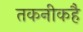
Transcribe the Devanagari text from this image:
तकनीकहै